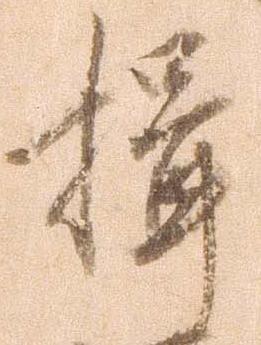
揖